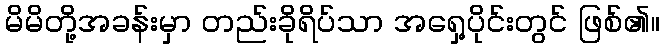
မိမိတို့အခန်းမှာ တည်းခိုရိပ်သာ အရှေ့ပိုင်းတွင် ဖြစ်၏။